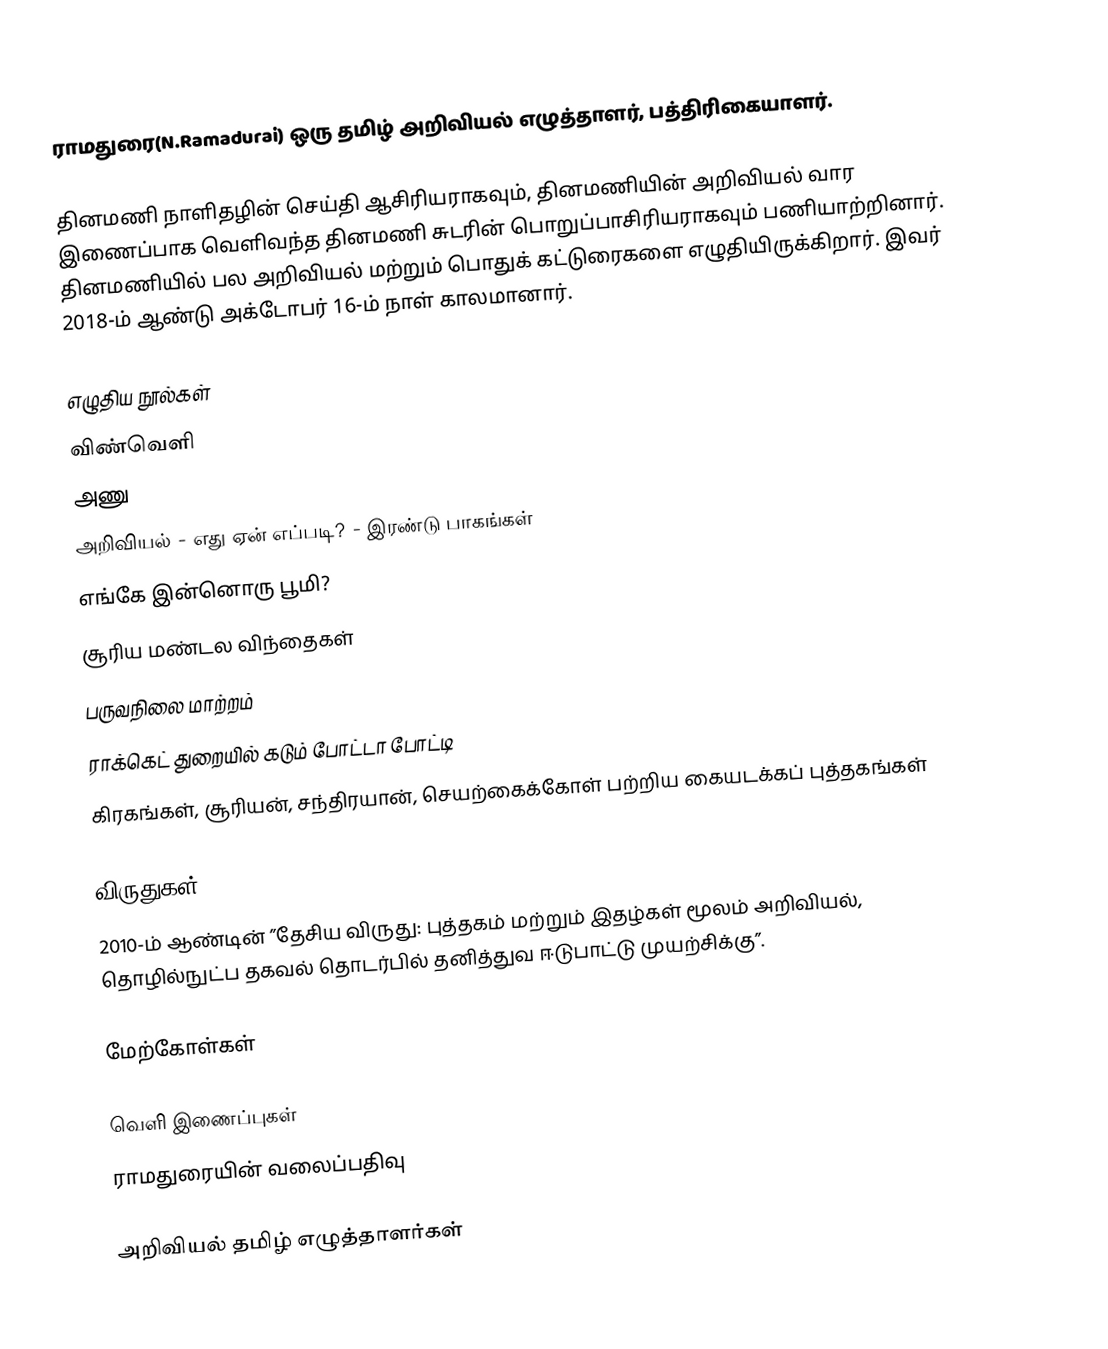
ராமதுரை(N.Ramadurai) ஒரு தமிழ் அறிவியல் எழுத்தாளர், பத்திரிகையாளர்.

தினமணி நாளிதழின் செய்தி ஆசிரியராகவும், தினமணியின் அறிவியல் வார இணைப்பாக வெளிவந்த தினமணி சுடரின் பொறுப்பாசிரியராகவும் பணியாற்றினார். தினமணியில் பல அறிவியல் மற்றும் பொதுக் கட்டுரைகளை எழுதியிருக்கிறார். இவர் 2018-ம் ஆண்டு அக்டோபர் 16-ம் நாள் காலமானார்.

எழுதிய நூல்கள்
விண்வெளி
அணு
அறிவியல் - எது ஏன் எப்படி? - இரண்டு பாகங்கள்
எங்கே இன்னொரு பூமி?
சூரிய மண்டல விந்தைகள்
பருவநிலை மாற்றம்
ராக்கெட் துறையில் கடும் போட்டா போட்டி
கிரகங்கள், சூரியன், சந்திரயான், செயற்கைக்கோள் பற்றிய கையடக்கப் புத்தகங்கள்

விருதுகள்
2010-ம் ஆண்டின் ”தேசிய விருது: புத்தகம் மற்றும் இதழ்கள் மூலம் அறிவியல், தொழில்நுட்ப தகவல் தொடர்பில் தனித்துவ ஈடுபாட்டு முயற்சிக்கு”.

மேற்கோள்கள்

வெளி இணைப்புகள்
ராமதுரையின் வலைப்பதிவு

அறிவியல் தமிழ் எழுத்தாளர்கள்